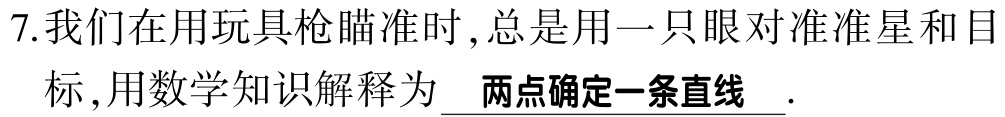
7.我们在用玩具枪瞄准时,总是用一只眼对准准星和目标,用数学知识解释为 \underline{两点确定一条直线 }.